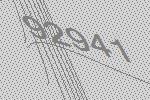
92941